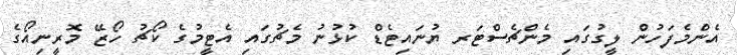
އެންމެފަހުން ލީގުގައި މެންޗެސްޓަރ ޔުނައިޓެޑް ކުޅުނު މެޗުގައި އެޓީމުގެ ކޯޗު ހޯޒޭ މޮރީނިއޯގެ